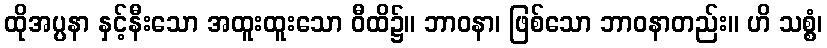
ထိုအပ္ပနာ နှင့်နီးသော အထူးထူးသော ဝီထိ၌။ ဘာဝနာ၊ ဖြစ်သော ဘာဝနာတည်း။ ဟိ သစ္စံ၊